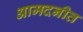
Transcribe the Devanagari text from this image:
आमदनीत